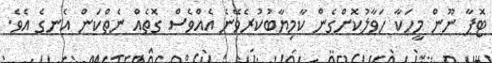
ޓޮޕާ ނޫން މީހަކާ ހަވާލުކޮށްގެން ކާމިޔާބުކުރެވޭނެ އެއްވެސް ގޮތެއް ނެތްކަން އެނގެ އެވެ.